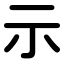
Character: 示